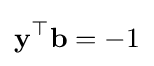
\mathbf {y} ^{\top }\mathbf {b} =-1